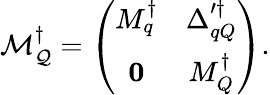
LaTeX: {\cal M}_{\cal Q}^{\dagger}=\left(\begin{array}{cc}{{M_{q}^{\dagger}}}&{{\Delta_{qQ}^{\prime\dagger}}}\\ {{{\mathbf 0}}}&{{M_{Q}^{\dagger}}}\end{array}\right).